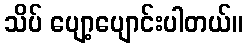
သိပ် ပျော့ပျောင်းပါတယ်။